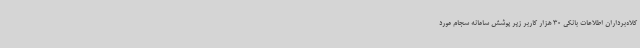
کلاه‌برداران اطلاعات بانکی 30 هزار کاربر زیر پوشش سامانه سجام مورد